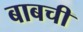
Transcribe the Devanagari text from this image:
बाबची